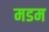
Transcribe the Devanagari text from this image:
मडम